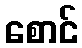
စောင်